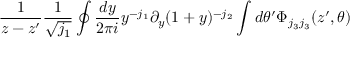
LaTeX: \frac { 1 } { z - z ^ { \prime } } \frac { 1 } { \sqrt { j _ { 1 } } } \oint \frac { d y } { 2 \pi i } y ^ { - j _ { 1 } } \partial _ { y } ( 1 + y ) ^ { - j _ { 2 } } \int d \theta ^ { \prime } \Phi _ { j _ { 3 } j _ { 3 } } ( z ^ { \prime } , \theta )